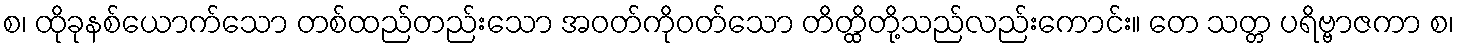
စ၊ ထိုခုနစ်ယောက်သော တစ်ထည်တည်းသော အဝတ်ကိုဝတ်သော တိတ္ထိတို့သည်လည်းကောင်း။ တေ သတ္တ ပရိဗ္ဗာဇကာ စ၊